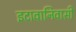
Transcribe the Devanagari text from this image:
इटावानिवासी